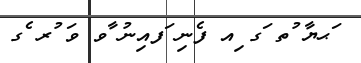
ަޙޔާ ުތ ަގ ިއ ފެނި ަފއިނު ާވ ވަ ުރ ެގ